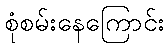
စုံစမ်းနေကြောင်း